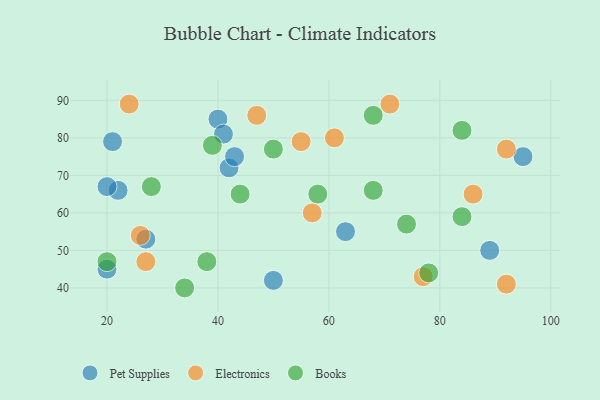
{"axis": {"x": "GDP", "y": "Life Expectancy"}, "legend": ["Books", "Electronics", "Pet Supplies"], "data": [{"x": "20", "y": 45, "type": "Pet Supplies"}, {"x": "40", "y": 85, "type": "Pet Supplies"}, {"x": "21", "y": 79, "type": "Pet Supplies"}, {"x": "89", "y": 50, "type": "Pet Supplies"}, {"x": "42", "y": 72, "type": "Pet Supplies"}, {"x": "22", "y": 66, "type": "Pet Supplies"}, {"x": "41", "y": 81, "type": "Pet Supplies"}, {"x": "20", "y": 67, "type": "Pet Supplies"}, {"x": "95", "y": 75, "type": "Pet Supplies"}, {"x": "63", "y": 55, "type": "Pet Supplies"}, {"x": "50", "y": 42, "type": "Pet Supplies"}, {"x": "43", "y": 75, "type": "Pet Supplies"}, {"x": "27", "y": 53, "type": "Pet Supplies"}, {"x": "92", "y": 41, "type": "Electronics"}, {"x": "92", "y": 77, "type": "Electronics"}, {"x": "47", "y": 86, "type": "Electronics"}, {"x": "55", "y": 79, "type": "Electronics"}, {"x": "26", "y": 54, "type": "Electronics"}, {"x": "71", "y": 89, "type": "Electronics"}, {"x": "61", "y": 80, "type": "Electronics"}, {"x": "57", "y": 60, "type": "Electronics"}, {"x": "24", "y": 89, "type": "Electronics"}, {"x": "86", "y": 65, "type": "Electronics"}, {"x": "77", "y": 43, "type": "Electronics"}, {"x": "27", "y": 47, "type": "Electronics"}, {"x": "84", "y": 59, "type": "Books"}, {"x": "78", "y": 44, "type": "Books"}, {"x": "39", "y": 78, "type": "Books"}, {"x": "58", "y": 65, "type": "Books"}, {"x": "34", "y": 40, "type": "Books"}, {"x": "50", "y": 77, "type": "Books"}, {"x": "74", "y": 57, "type": "Books"}, {"x": "68", "y": 86, "type": "Books"}, {"x": "68", "y": 66, "type": "Books"}, {"x": "44", "y": 65, "type": "Books"}, {"x": "38", "y": 47, "type": "Books"}, {"x": "20", "y": 47, "type": "Books"}, {"x": "28", "y": 67, "type": "Books"}, {"x": "84", "y": 82, "type": "Books"}]}